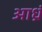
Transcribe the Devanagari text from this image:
आध्रं